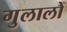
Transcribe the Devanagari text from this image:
गुलालों